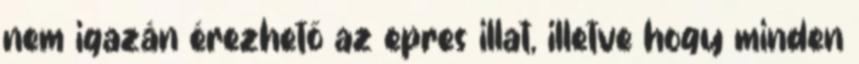
nem igazán érezhető az epres illat, illetve hogy minden